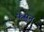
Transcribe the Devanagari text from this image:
फसून